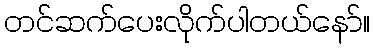
တင်ဆက်ပေးလိုက်ပါတယ်နော်။